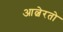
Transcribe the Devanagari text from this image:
आल्वेरतो